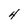
Character: 4